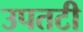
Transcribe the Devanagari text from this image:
उपतटी